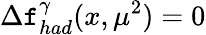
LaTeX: \Delta\mathtt{f}_{had}^{\gamma}(x,\mu^{2})=0